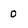
Character: o